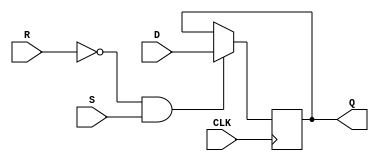
module DFF (
  input wire D,
  input wire CLK,
  input wire R,
  input wire S,
  output reg Q
);

always @(posedge CLK) begin
  if (R == 0 && S == 1) begin
    Q <= D;
  end else if (R == 1 && S == 0) begin
    Q <= Q;
  end
end

endmodule